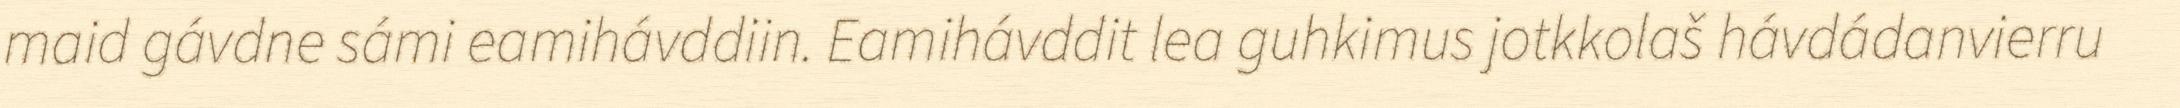
maid gávdne sámi eamihávddiin. Eamihávddit lea guhkimus jotkkolaš hávdádanvierru